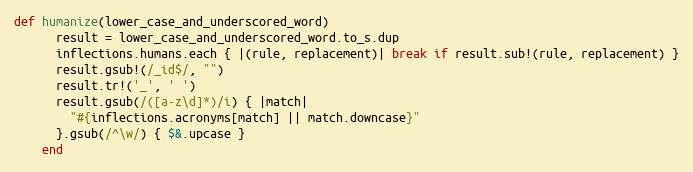
Language: Ruby
def humanize(lower_case_and_underscored_word)
      result = lower_case_and_underscored_word.to_s.dup
      inflections.humans.each { |(rule, replacement)| break if result.sub!(rule, replacement) }
      result.gsub!(/_id$/, "")
      result.tr!('_', ' ')
      result.gsub(/([a-z\d]*)/i) { |match|
        "#{inflections.acronyms[match] || match.downcase}"
      }.gsub(/^\w/) { $&.upcase }
    end